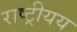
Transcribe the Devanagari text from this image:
राष्ट्रीयय